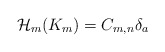
\begin{align*} \begin{aligned} \mathcal{H}_m(K_m)=C_{m,n}\delta _a\end{aligned} \end{align*}